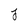
Character: j